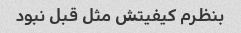
بنظرم کیفیتش مثل قبل نبود